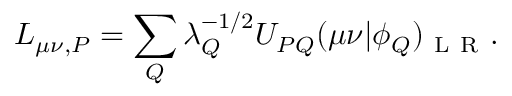
L _ { \mu \nu , P } = \sum _ { Q } \lambda _ { Q } ^ { - 1 / 2 } U _ { P Q } ( \mu \nu | \phi _ { Q } ) _ { \mathrm { ~ L ~ R ~ } } .